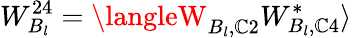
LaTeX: W_{B_{l}}^{24}=\langleW_{B_{l},\mathbb{C}2}W_{B_{l},\mathbb{C}4}^{*}\rangle